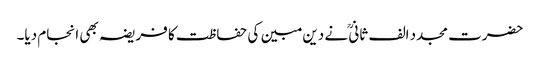
حضرت مجدد الف ثانیؒ نے دین مبین کی حفاظت کا فریضہ بھی انجام دیا۔